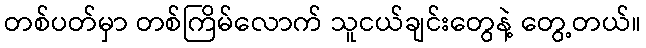
တစ်ပတ်မှာ တစ်ကြိမ်လောက် သူငယ်ချင်းတွေနဲ့ တွေ့တယ်။